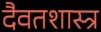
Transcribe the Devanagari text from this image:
दैवतशास्त्र